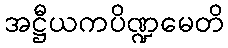
အဋ္ဌီယကပိဏ္ဍမေတိ